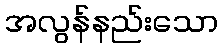
အလွန်နည်းသော